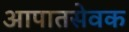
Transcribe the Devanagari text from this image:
आपातसेवक